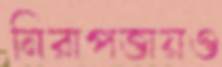
নিরাপত্তায়ও